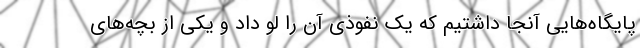
پایگاه‌هایی آنجا داشتیم که یک نفوذی آن را لو داد و یکی از بچه‌های